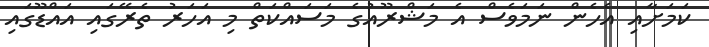
ކަމަށާއި އެހެން ނަމަވެސް އެ މަޝްރޫއުގެ މަސައްކަތް މި އަހަރު ތެރޭގައި އައްޑޫގައި